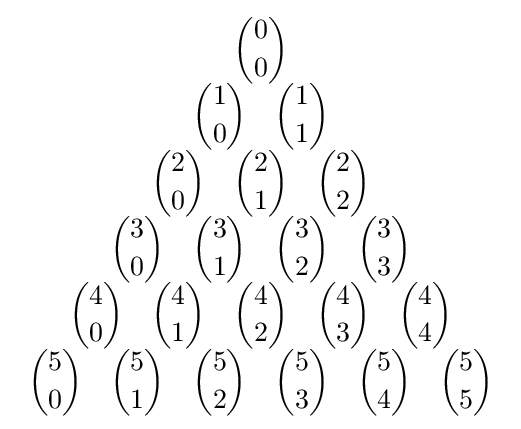
{\begin{array}{c}{\dbinom {0}{0}}\\{\dbinom {1}{0}}\quad {\dbinom {1}{1}}\\{\dbinom {2}{0}}\quad {\dbinom {2}{1}}\quad {\dbinom {2}{2}}\\{\dbinom {3}{0}}\quad {\dbinom {3}{1}}\quad {\dbinom {3}{2}}\quad {\dbinom {3}{3}}\\{\dbinom {4}{0}}\quad {\dbinom {4}{1}}\quad {\dbinom {4}{2}}\quad {\dbinom {4}{3}}\quad {\dbinom {4}{4}}\\{\dbinom {5}{0}}\quad {\dbinom {5}{1}}\quad {\dbinom {5}{2}}\quad {\dbinom {5}{3}}\quad {\dbinom {5}{4}}\quad {\dbinom {5}{5}}\end{array}}